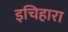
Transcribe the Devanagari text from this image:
इचिहारा